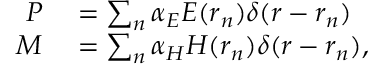
\begin{array} { r l } { \boldsymbol { P } } & { { } = \sum _ { n } \boldsymbol { \alpha } _ { E } \boldsymbol { E } ( \boldsymbol { r } _ { n } ) \delta ( \boldsymbol { r } - \boldsymbol { r } _ { n } ) } \\ { \boldsymbol { M } } & { { } = \sum _ { n } \boldsymbol { \alpha } _ { H } \boldsymbol { H } ( \boldsymbol { r } _ { n } ) \delta ( \boldsymbol { r } - \boldsymbol { r } _ { n } ) , } \end{array}